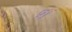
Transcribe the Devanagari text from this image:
प्र।